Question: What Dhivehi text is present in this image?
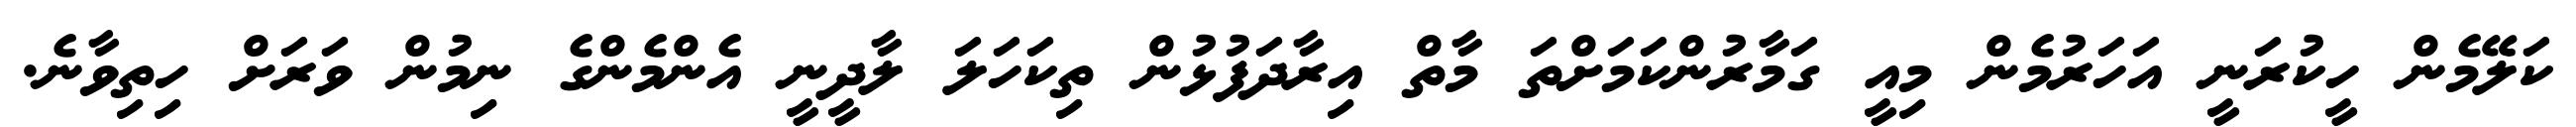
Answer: ކަލޭމެން ހީކުރަނީ އަހަރުމެން މިއީ ގަމާރުންކަމަށްތަ މާތް އިރާދަފުޅުން ތިކަހަލަ ލާދީނީ އެންމެންގެ ނިމުން ވަރަށް ހިތިވާނެ.